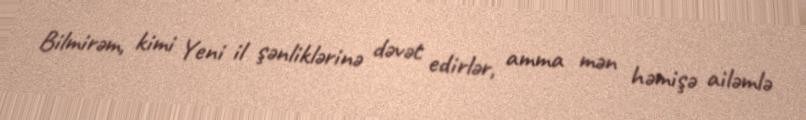
Bilmirəm, kimi Yeni il şənliklərinə dəvət edirlər, amma mən həmişə ailəmlə